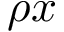
\rho x